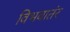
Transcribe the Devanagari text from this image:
विभवातंर